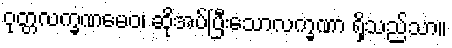
ဝုတ္တလက္ခဏမေဝ၊ ဆိုအပ်ပြီးသောလက္ခဏာ ရှိသည်သာ။